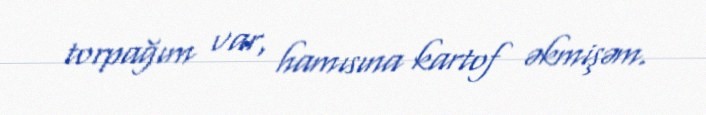
torpağım var, hamısına kartof əkmişəm.